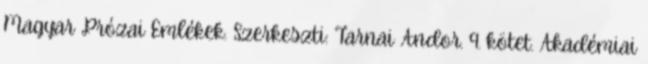
Magyar Prózai Emlékek. Szerkeszti: Tarnai Andor. 9. kötet. Akadémiai